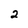
Character: 2